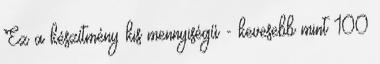
Ez a készítmény kis mennyiségű - kevesebb mint 100